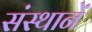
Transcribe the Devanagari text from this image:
संस्थानें